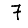
Digit: 7